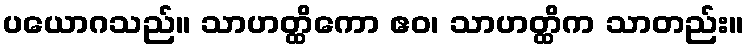
ပယောဂသည်။ သာဟတ္ထိကော ဧဝ၊ သာဟတ္ထိက သာတည်း။